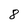
Character: 8